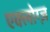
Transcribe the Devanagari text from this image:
एक्लोग्ज़